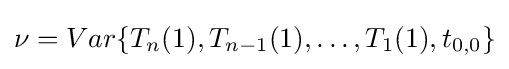
\nu =Var\{T_{n}(1),T_{n-1}(1),\ldots ,T_{1}(1),t_{0,0}\}